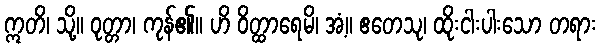
ဣတိ၊ သို့။ ဝုတ္တာ၊ ကုန်၏။ ဟိ ဝိတ္ထာရေမိ၊ အံ့။ ဧတေသု၊ ထိုးငါးပါးသော တရား